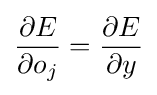
{\frac {\partial E}{\partial o_{j}}}={\frac {\partial E}{\partial y}}